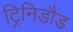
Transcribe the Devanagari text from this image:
ट्रिनिडौड